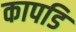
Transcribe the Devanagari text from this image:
कापडि